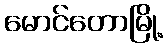
မောင်တောမြို့